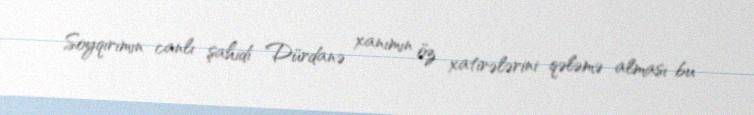
Soyqırımın canlı şahidi Dürdanə xanımın öz xatirələrini qələmə alması bu